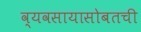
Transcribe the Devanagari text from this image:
व्यवसायासोबतची